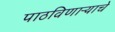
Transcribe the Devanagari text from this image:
पाठविणाऱ्याचे